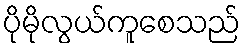
ပိုမိုလွယ်ကူစေသည်